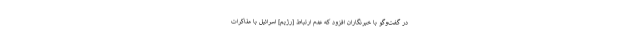
در گفت‌وگو با خبرنگاران افزود که عدم ارتباط [رژیم] اسرائیل با مذاکرات